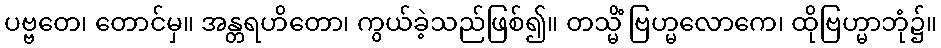
ပဗ္ဗတေ၊ တောင်မှ။ အန္တရဟိတော၊ ကွယ်ခဲ့သည်ဖြစ်၍။ တသ္မိံ ဗြဟ္မလောကေ၊ ထိုဗြဟ္မာဘုံ၌။